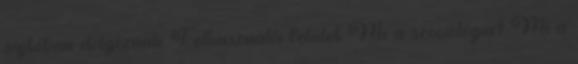
sajtóban dolgoznak. Felhasználói felület Mi a szociológia? Mi a